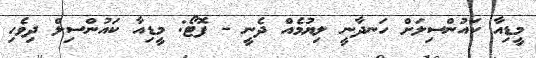
މީޑިއާ ކައުންސިލަށް ހަނދާނީ ލިޔުމެއް ދެނީ - ފޮޓޯ: މީޑިއާ ކައުންސިލް ދިވެހި